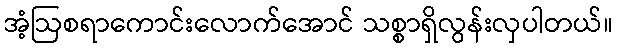
အံ့ဩစရာကောင်းလောက်အောင် သစ္စာရှိလွန်းလှပါတယ်။